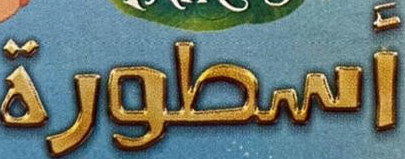
أسطورة